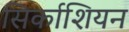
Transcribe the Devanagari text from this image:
सिर्काशियन